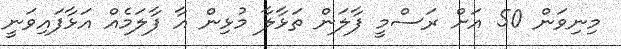
މިނިވަން 50 އަށް ރަސްމީ ފާލަން ތަޅާލާ މުޅިން އާ ފާލަމެއް އަޅާފައިވަނީ